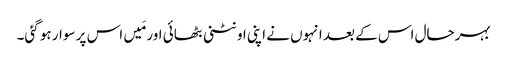
بہرحال اس کے بعد انہوں نے اپنی اونٹنی بٹھائی اور مَیں اس پر سوار ہو گئی۔